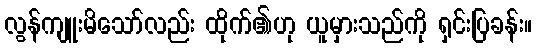
လွန်ကျူးမိသော်လည်း ထိုက်၏ဟု ယူမှားသည်ကို ရှင်းပြခန်း။